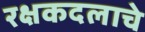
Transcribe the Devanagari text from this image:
रक्षकदलाचे